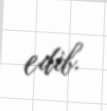
edib.